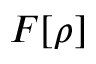
F [ \rho ]